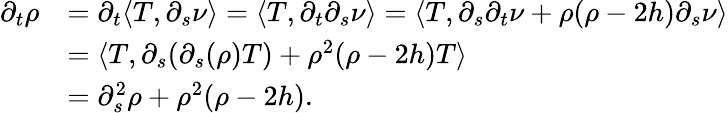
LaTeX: \begin{array}{rl}{\partial_{t}\rho}&{=\partial_{t}\langle T,\partial_{s}\nu\rangle=\langle T,\partial_{t}\partial_{s}\nu\rangle=\langle T,\partial_{s}\partial_{t}\nu+\rho(\rho-2h)\partial_{s}\nu\rangle}\\ &{=\langle T,\partial_{s}(\partial_{s}(\rho)T)+\rho^{2}(\rho-2h)T\rangle}\\ &{=\partial_{s}^{2}\rho+\rho^{2}(\rho-2h).}\end{array}